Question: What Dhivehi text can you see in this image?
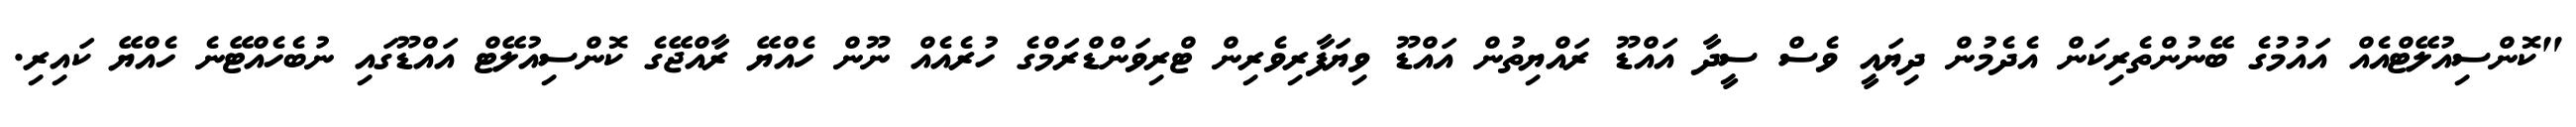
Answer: "ކޮންސިއުލޭޓްއެއް އައުމުގެ ބޭނުންތެރިކަން އެދެމުން ދިޔައީ ވެސް ސީދާ އައްޑޫ ރައްޔިތުން އައްޑޫ ވިޔަފާރިވެރިން ޓްރިވަންޑްރަމްގެ ހުރެއެއް ނޫން ހެއްޔޭ ރާއްޖޭގެ ކޮންސިއުލޭޓް އައްޑޫގައި ނުބެހެއްޓޭނެ ހެއްޔޭ ކައިރި.